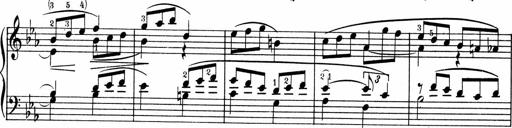
Title: 3 Sonatinen fÃ¼r Pianoforte
Composer: Fritz von Bose